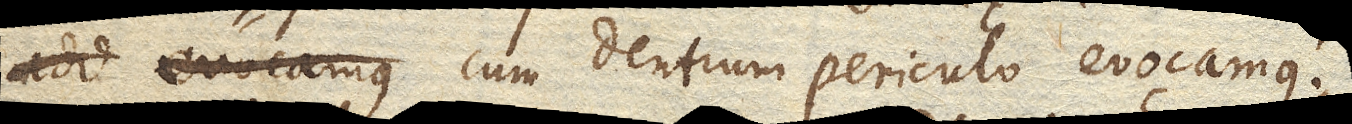
cum dentium periculo evocamus.